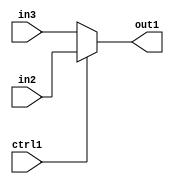
`timescale 1ps / 1ps
/*****************************************************************************
    Verilog RTL Description
    
    
    Created by: Stratus DpOpt 2019.1.01 
*******************************************************************************/

module feature_write_addr_gen_N_MuxB_320_2_10_4_1 (
	in3,
	in2,
	ctrl1,
	out1
	); /* architecture "behavioural" */ 
input [319:0] in3,
	in2;
input  ctrl1;
output [319:0] out1;
wire [319:0] asc001;

reg [319:0] asc001_tmp_0;
assign asc001 = asc001_tmp_0;
always @ (ctrl1 or in2 or in3) begin
	case (ctrl1)
		1'B1 : asc001_tmp_0 = in2 ;
		default : asc001_tmp_0 = in3 ;
	endcase
end

assign out1 = asc001;
endmodule

/* CADENCE  uLnwTwg= : u9/ySgnWtBlWxVPRXgAZ4Og= ** DO NOT EDIT THIS LINE ******/